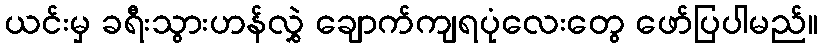
ယင်းမှ ခရီးသွားဟန်လွှဲ ချောက်ကျရပုံလေးတွေ ဖော်ပြပါမည်။